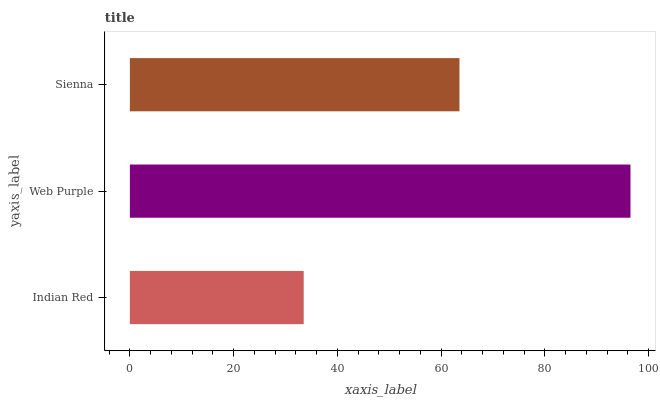
| yaxis_label | bars |
 | --- | --- |
 | Indian Red | 33.5 |
 | Web Purple | 96.5 |
 | Sienna | 63.6 |